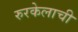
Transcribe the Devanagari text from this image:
रुरकेलाची